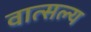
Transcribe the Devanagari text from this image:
वात्‍सल्‍य